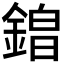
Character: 𮢡